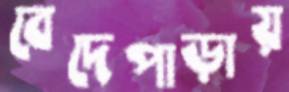
বেদেপাড়ায়